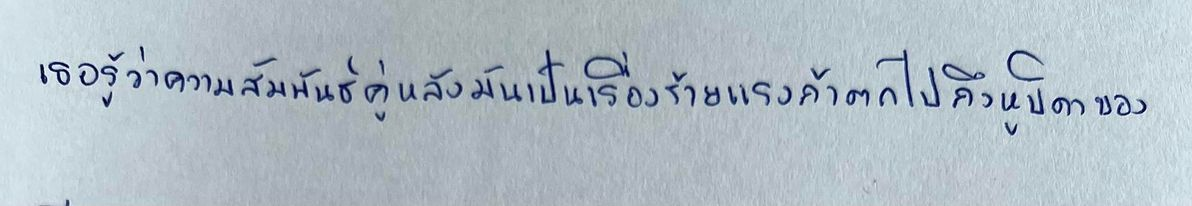
เธอรู้ว่าความสัมพันธ์คู่หลังมันเป็นเรื่องร้ายแรงถ้าตกไปถึงหูบิดาของ